Annual administration and progress report of the Indian Medical Department, Bombay
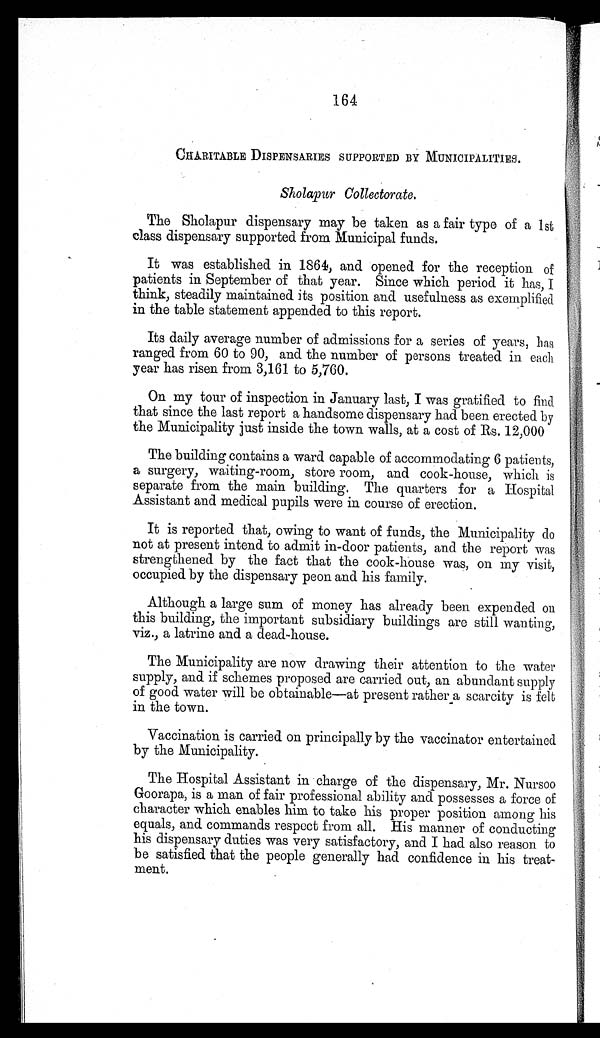
164
CHARITABLE DISPENSARIES SUPPORTED BY MUNICIPALITIES.
Sholapur Collectorate.
The Sholapur dispensary may be taken as a fair type of a 1st
class dispensary supported from Municipal funds.
It was established in 1864, and opened for the reception of
patients in September of that year. Since which period it has, I
think, steadily maintained its position and usefulness as exemplified
in the table statement appended to this report.
Its daily average number of admissions for a series of years, has
ranged from 60 to 90, and the number of persons treated in each
year has risen from 3,161 to 5,760.
On my tour of inspection in January last, I was gratified to find
that since the last report a handsome dispensary had been erected by
the Municipality just inside the town walls, at a cost of Rs. 12,000
The building contains a ward capable of accommodating 6 patients,
a surgery, waiting-room, store room, and cook-house, which is
separate from the main building. The quarters for a Hospital
Assistant and medical pupils were in course of erection.
It is reported that, owing to want of funds, the Municipality do
not at present intend to admit in-door patients, and the report was
strengthened by the fact that the cook-house was, on my visit,
occupied by the dispensary peon and his family.
Although a large sum of money has already been expended on
this building, the important subsidiary buildings are still wanting,
viz., a latrine and a dead-house.
The Municipality are now drawing their attention to the water
supply, and if schemes proposed are carried out, an abundant supply
of good water will be obtainable—at present rather a scarcity is felt
in the town.
Vaccination is carried on principally by the vaccinator entertained
by the Municipality.
The Hospital Assistant in charge of the dispensary, Mr. Nursoo
Goorapa, is a man of fair professional ability and possesses a force of
character which enables him to take his proper position among his
equals, and commands respect from all. His manner of conducting
his dispensary duties was very satisfactory, and I had also reason to
be satisfied that the people generally had confidence in his treat-
ment.